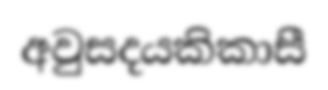
අවුසදයකිකාසී